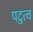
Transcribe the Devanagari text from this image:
पटुत्व